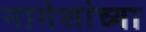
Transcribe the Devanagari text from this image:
नागेशांच्या